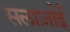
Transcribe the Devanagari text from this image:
सलार्ज़ाई